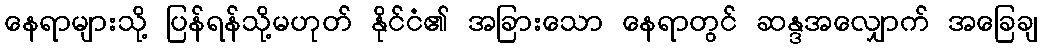
နေရာများသို့ ပြန်ရန်သို့မဟုတ် နိုင်ငံ၏ အခြားသော နေရာတွင် ဆန္ဒအလျှောက် အခြေချ